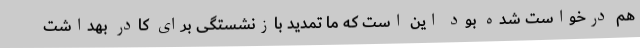
هم درخواست شده بود این است که ما تمدید بازنشستگی برای کادر بهداشت